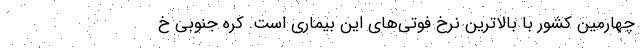
چهارمین کشور با بالاترین نرخ فوتی‌های این بیماری است. کره جنوبی خ